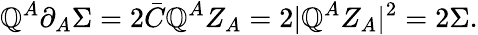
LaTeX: \mathbb{Q}^{A}\partial_{A}\Sigma=2\bar{{C}}\mathbb{Q}^{A}Z_{A}=2|\mathbb{Q}^{A}Z_{A}|^{2}=2\Sigma.